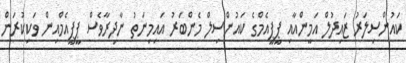
ކައުންސިލަރު ޒައިދުލް އަމީންއާއި ޕީޕީއެމްގެ ކައުންސިލް މެންބަރު އައިމިނަތު ނާދިރާވެސް ޕީޕީއެެމްއިން ވަކިކުރަން